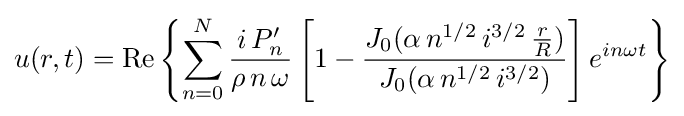
u(r,t)=\mathrm {Re} \left\{\sum _{n=0}^{N}{\frac {i\,P'_{n}}{\rho \,n\,\omega }}\left[1-{\frac {J_{0}(\alpha \,n^{1/2}\,i^{3/2}\,{\frac {r}{R}})}{J_{0}(\alpha \,n^{1/2}\,i^{3/2})}}\right]e^{in\omega t}\right\}